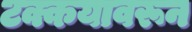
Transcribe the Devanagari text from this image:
टक्कयावरून